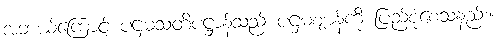
အဘယ့်ကြောင့် ပဌမသတိပဋ္ဌာန်သည် ပဌမဈာန်ကို ပြည့်စုံစေသနည်း။